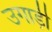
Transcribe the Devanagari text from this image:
उगाड़ी